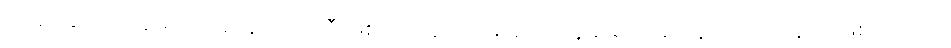
အများဆုံးရတုဆရာသည် နဝဒေးကြီးဖြစ်၍ အကောင်း ဆုံး ရတုဆရာသည် နတ်သျှင်နောင် ဖြစ်သည်ဟု